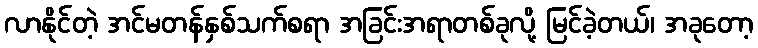
လာနိုင်တဲ့ အင်မတန်နှစ်သက်စရာ အခြင်းအရာတစ်ခုလို့ မြင်ခဲ့တယ်၊ အခုတော့